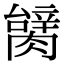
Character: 𦠬